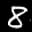
Label: 8